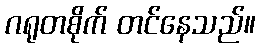
ဂရုတစိုက် တင်နေသည်။